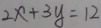
2 x + 3 y = 1 2